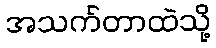
အသက်တာထဲသို့